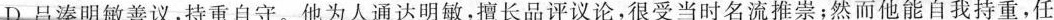
D.吕溱明敏善议，持重自守。他为人通达明敏，擅长品评议论，很受当时名流推崇；然而他能自我持重，任